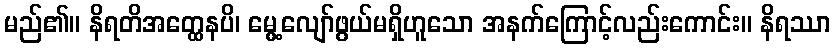
မည်၏။ နိရတိအတ္ထေနပိ၊ မွေ့လျော်ဖွယ်မရှိဟူသော အနက်ကြောင့်လည်းကောင်း။ နိရဿာ